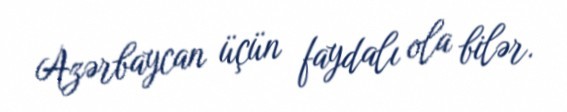
Azərbaycan üçün faydalı ola bilər.